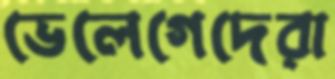
ভেলেগেদেরা